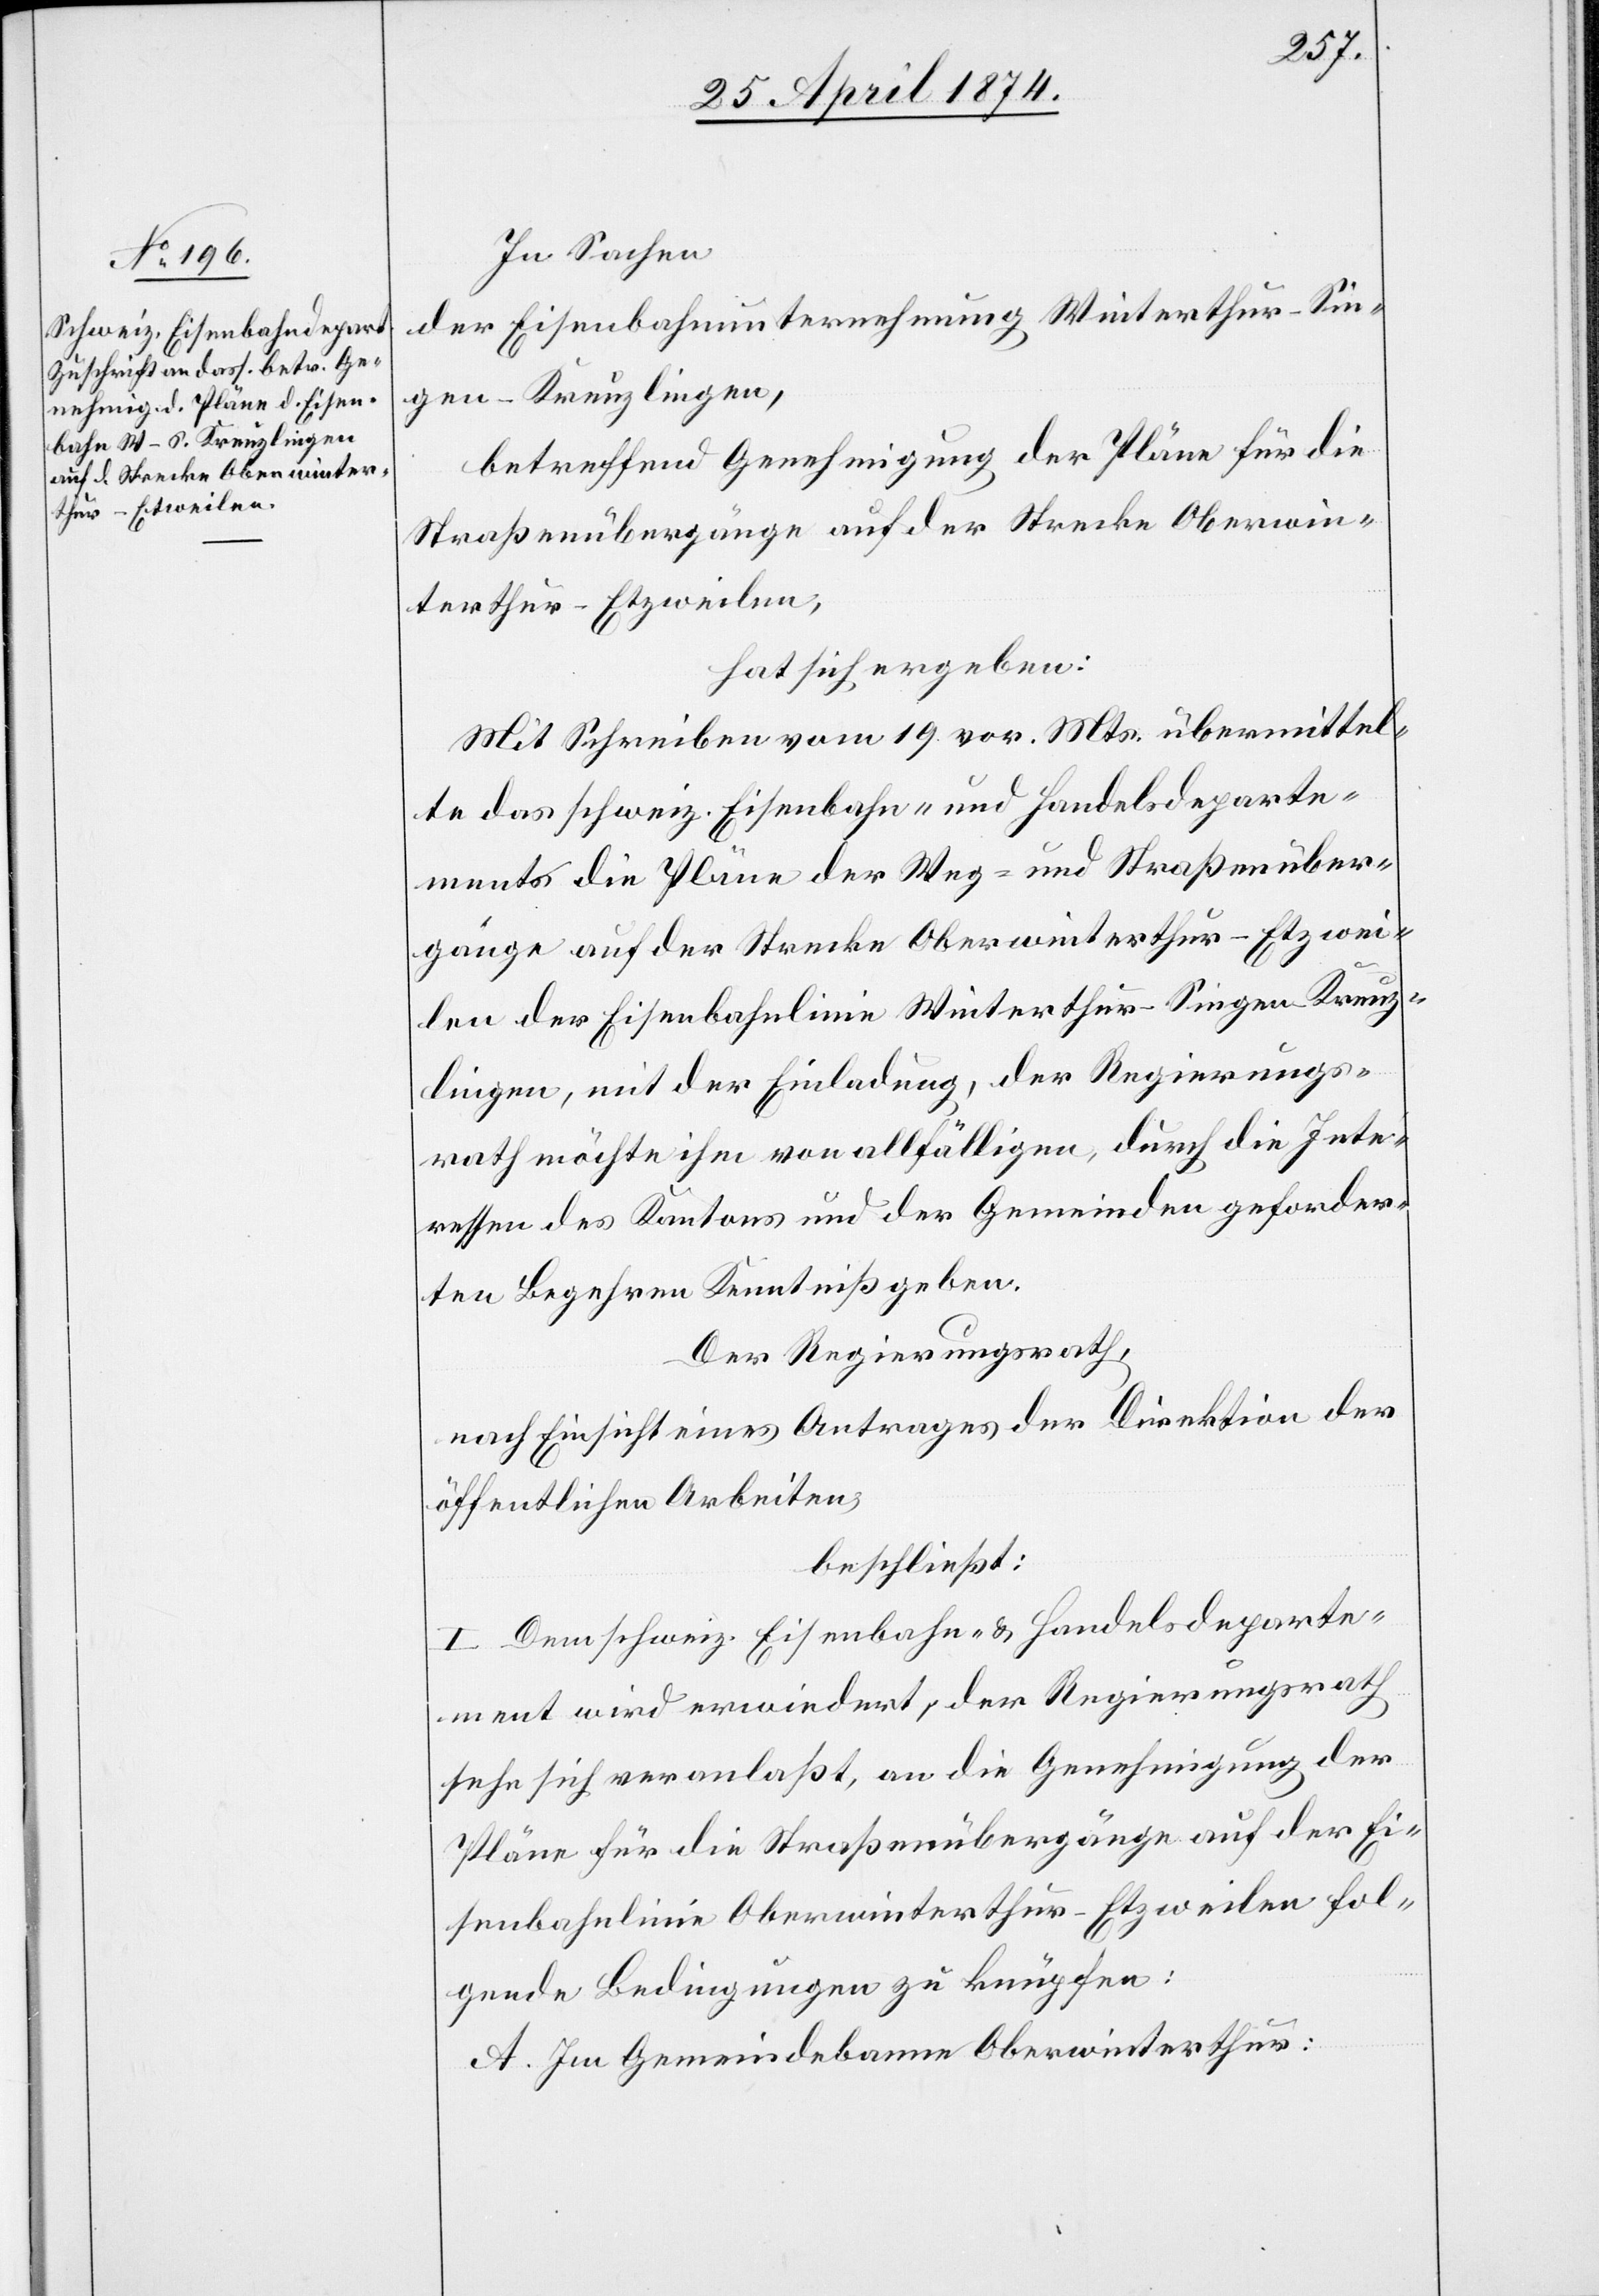
In Sachen
der Eisenbahnunternehmung Winterthur-Sin¬
gen-Kreuzlingen,
betreffend Genehmigung der Pläne für die
Straßenübergänge auf der Strecke Oberwin¬
terthur-Etzweilen,
hat sich ergeben:
Mit Schreiben vom 19. vor. Mts. übermittel¬
te das schweiz. Eisenbahn- und Handelsdeparte¬
ment die Pläne der Weg- und Straßenüber¬
gänge auf der Strecke Oberwinterthur-Etzwei¬
len der Eisenbahnlinie Winterthur-Singen-Kreuz¬
lingen, mit der Einladung, der Regierungs¬
rath möchte ihm von allfälligen, durch die Inte¬
ressen des Kantons und der Gemeinden geforder¬
ten Begehren Kenntniß geben.
Der Regierungsrath,
nach Einsicht eines Antrages der Direktion der
öffentlichen Arbeiten,
beschließt:
I. Dem schweiz. Eisenbahn- u. Handelsdeparte¬
ment wird erwiedert, der Regierungsrath
sehe sich veranlaßt, an die Genehmigung der
Pläne für die Straßenübergänge auf der Ei¬
senbahnlinie Oberwinterthur-Etzweilen fol¬
gende Bedingungen zu knüpfen:
A. Im Gemeindebanne Oberwinterthur: